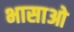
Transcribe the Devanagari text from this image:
भासाओ